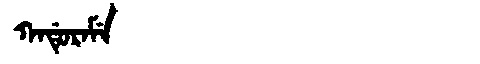
Manchu: ᡴᠠᡩᡠᡵᠠᠮᡝ
Romanization: KADURAME